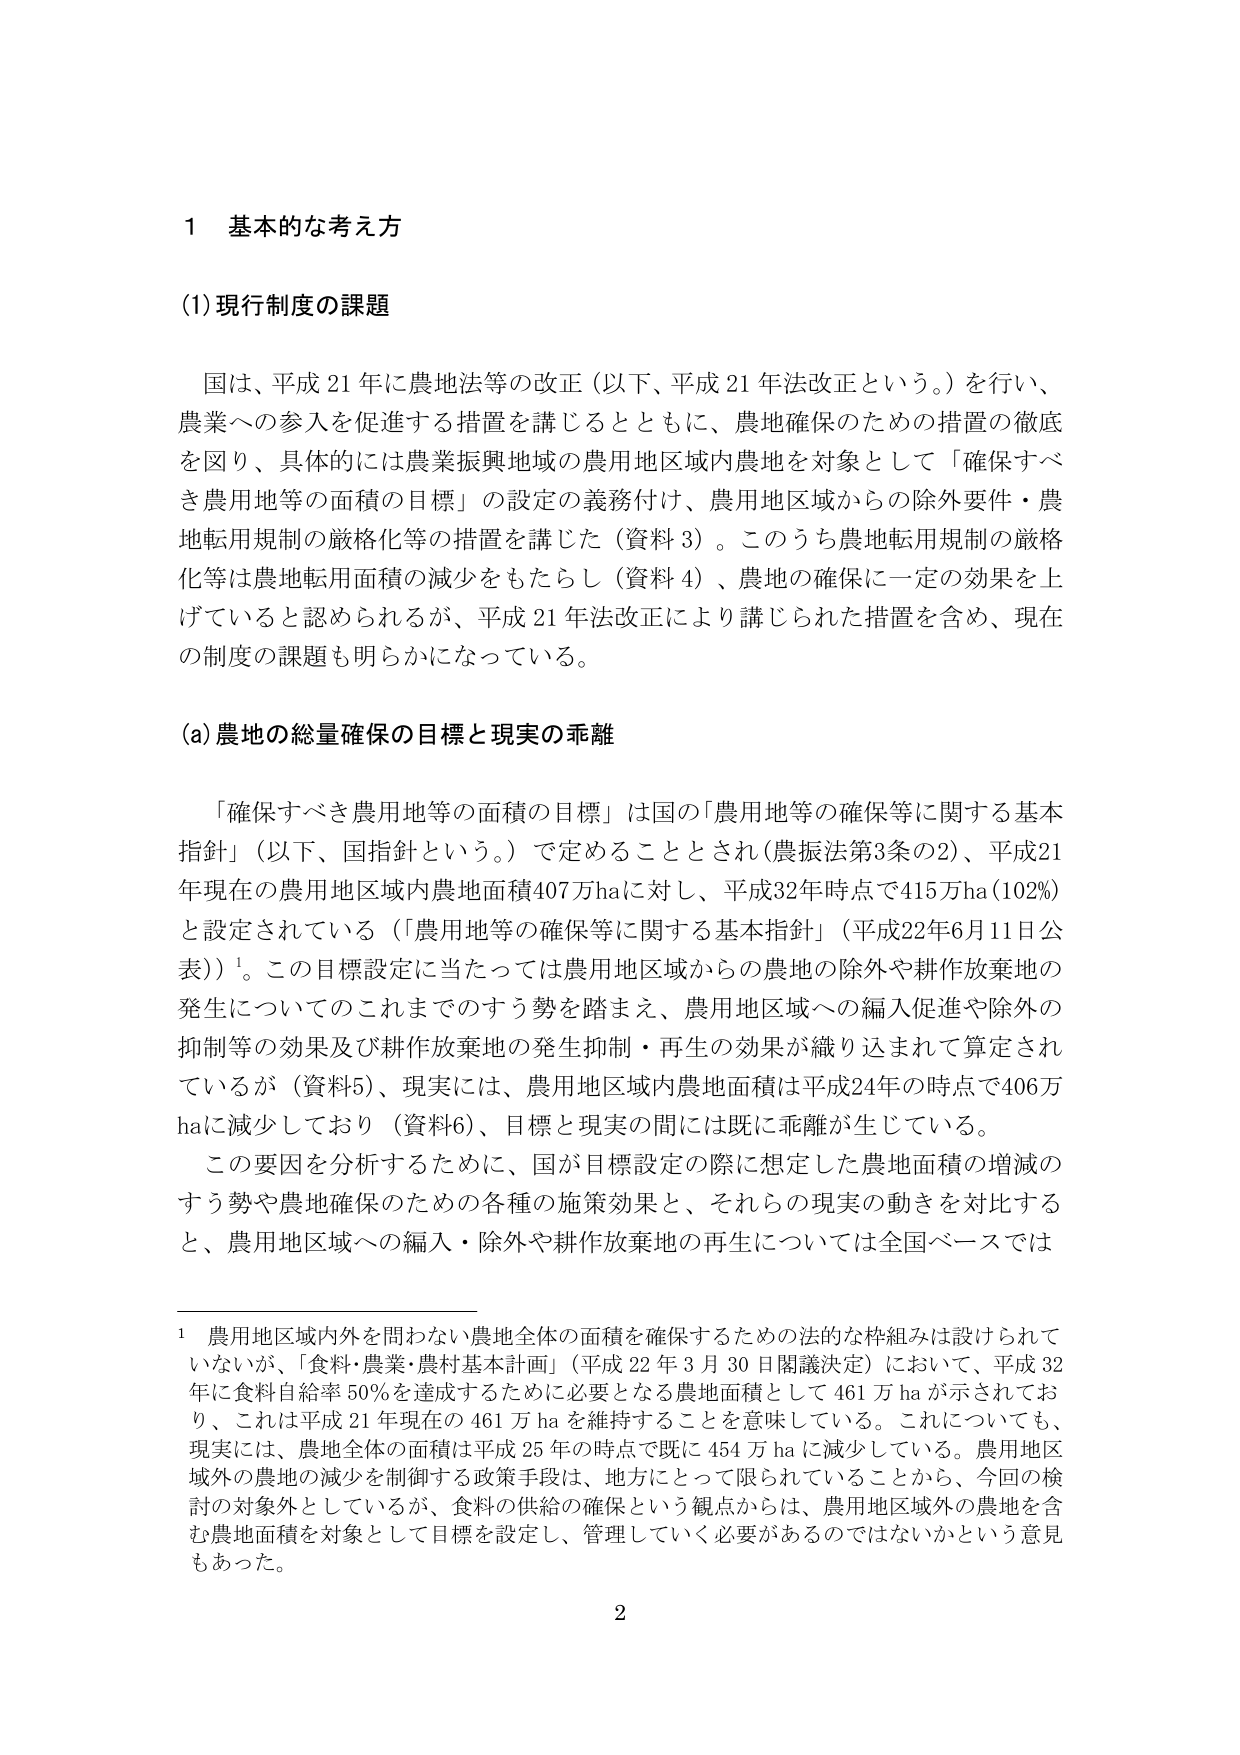
1 基本的な考え方

(1) 現行制度の課題

国は、平成21年に農地法等の改正（以下、平成21年法改正という。）を行い、
農業への参入を促進する措置を講じるとともに、農地確保のための措置の徹底
を図り、具体的には農業振興地域の農用地区域内農地を対象として「確保すべ
き農用地等の面積の目標」の設定の義務付け、農用地区域からの除外要件・農
地転用規制の厳格化等の措置を講じた（資料3）。このうち農地転用規制の厳格
化等は農地転用面積の減少をもたらし（資料4）、農地の確保に一定の効果を上
げていると認められるが、平成21年法改正により講じられた措置を含め、現在
の制度の課題も明らかになっている。

(a) 農地の総量確保の目標と現実の乖離

「確保すべき農用地等の面積の目標」は国の「農用地等の確保等に関する基本
指針」（以下、国指針という。）で定めることとされ（農振法第3条の2）、平成21
年現在の農用地区域内農地面積407万haに対し、平成32年時点で415万ha（102%）
と設定されている（「農用地等の確保等に関する基本指針」（平成22年6月11日公
表））¹。この目標設定に当たっては農用地区域からの農地の除外や耕作放棄地の
発生についてのこれまでのすう勢を踏まえ、農用地区域への編入促進や除外の
抑制等の効果及び耕作放棄地の発生抑制・再生の効果が織り込まれて算定され
ているが（資料5）、現実には、農用地区域内農地面積は平成24年の時点で406万
haに減少しており（資料6）、目標と現実の間には既に乖離が生じている。
この要因を分析するために、国が目標設定の際に想定した農地面積の増減の
すう勢や農地確保のための各種の施策効果と、それらの現実の動きを対比する
と、農用地区域への編入・除外や耕作放棄地の再生については全国ベースでは

¹ 農用地区域内外を問わない農地全体の面積を確保するための法的な枠組みは設けられて
いないが、「食料・農業・農村基本計画」（平成22年3月30日閣議決定）において、平成32
年に食料自給率50%を達成するために必要となる農地面積として461万haが示されてお
り、これは平成21年現在の461万haを維持することを意味している。これについても、
現実には、農地全体の面積は平成25年の時点で既に454万haに減少している。農用地区
域外の農地の減少を制御する政策手段は、地方にとって限られていることから、今回の検
討の対象外としているが、食料の供給の確保という観点からは、農用地区域外の農地を含
む農地面積を対象として目標を設定し、管理していく必要があるのではないかという意見
もあった。

2